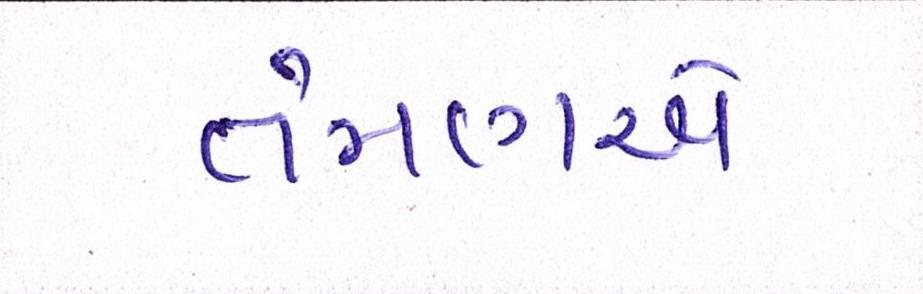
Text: તેમણએ